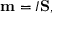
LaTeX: \mathbf { m } = I \mathbf { S } ,